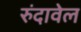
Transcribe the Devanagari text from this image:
रुंदावेल